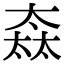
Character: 𡙒